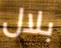
بلال